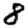
Digit: 8